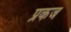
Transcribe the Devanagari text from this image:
प्रकज